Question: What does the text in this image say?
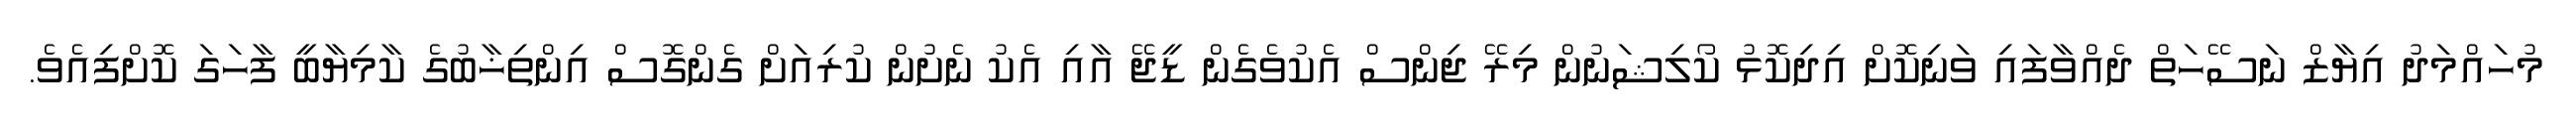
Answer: މުހައްމަދު އިޔާޒް ނަސޭހަތް ދެއްވާފައި ވަނިކޮށް އިދިކޮޅު ކޯލިޝަނުން މިރޭ ޖިންސް އެކުވެގެން ޑީޖޭ އާއި އެކު ނެށުން ކުރިއަށް ގެންގޮސް އިންތިޚާބުގެ ކާމިޔާބީ ފާހަގަ ކޮށްފިއެވެ.